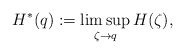
\begin{align*}H^*(q):=\limsup_{\zeta\to q}H(\zeta), \end{align*}